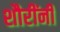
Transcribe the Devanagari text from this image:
शौरींनी